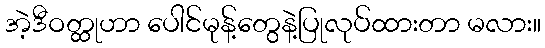
အဲ့ဒီဝတ္ထုဟာ ပေါင်မုန့်တွေနဲ့ပြုလုပ်ထားတာ မလား။